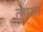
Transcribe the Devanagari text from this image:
तुगजा